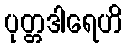
ပုတ္တဒါရေဟိ